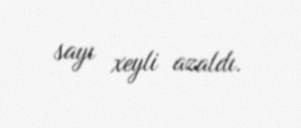
sayı xeyli azaldı.